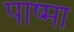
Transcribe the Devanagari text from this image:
पाष्मा